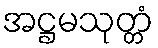
အဋ္ဌမသုတ္တံ